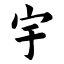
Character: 宇